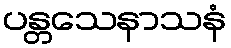
ပန္တသေနာသနံ